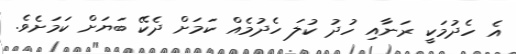
އެ ހެދުމަކީ ރަނާއި ހުދު ކުލަ ހެދުމެއް ކަމަށް ދެކޭ ބަޔަށް ކަމަށެވެ.